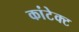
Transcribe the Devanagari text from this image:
कांटेक्‍ट